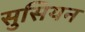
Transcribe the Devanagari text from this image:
सुसियन